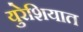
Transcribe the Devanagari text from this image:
युरेशियात